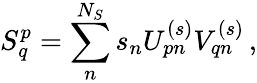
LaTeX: S_{q}^{p}=\sum_{n}^{N_{S}}s_{n}U_{pn}^{(s)}V_{qn}^{(s)}\, ,